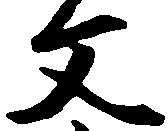
文